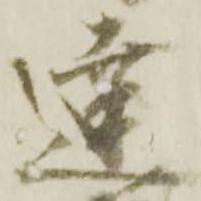
達